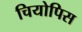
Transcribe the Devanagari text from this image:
चियोपिस